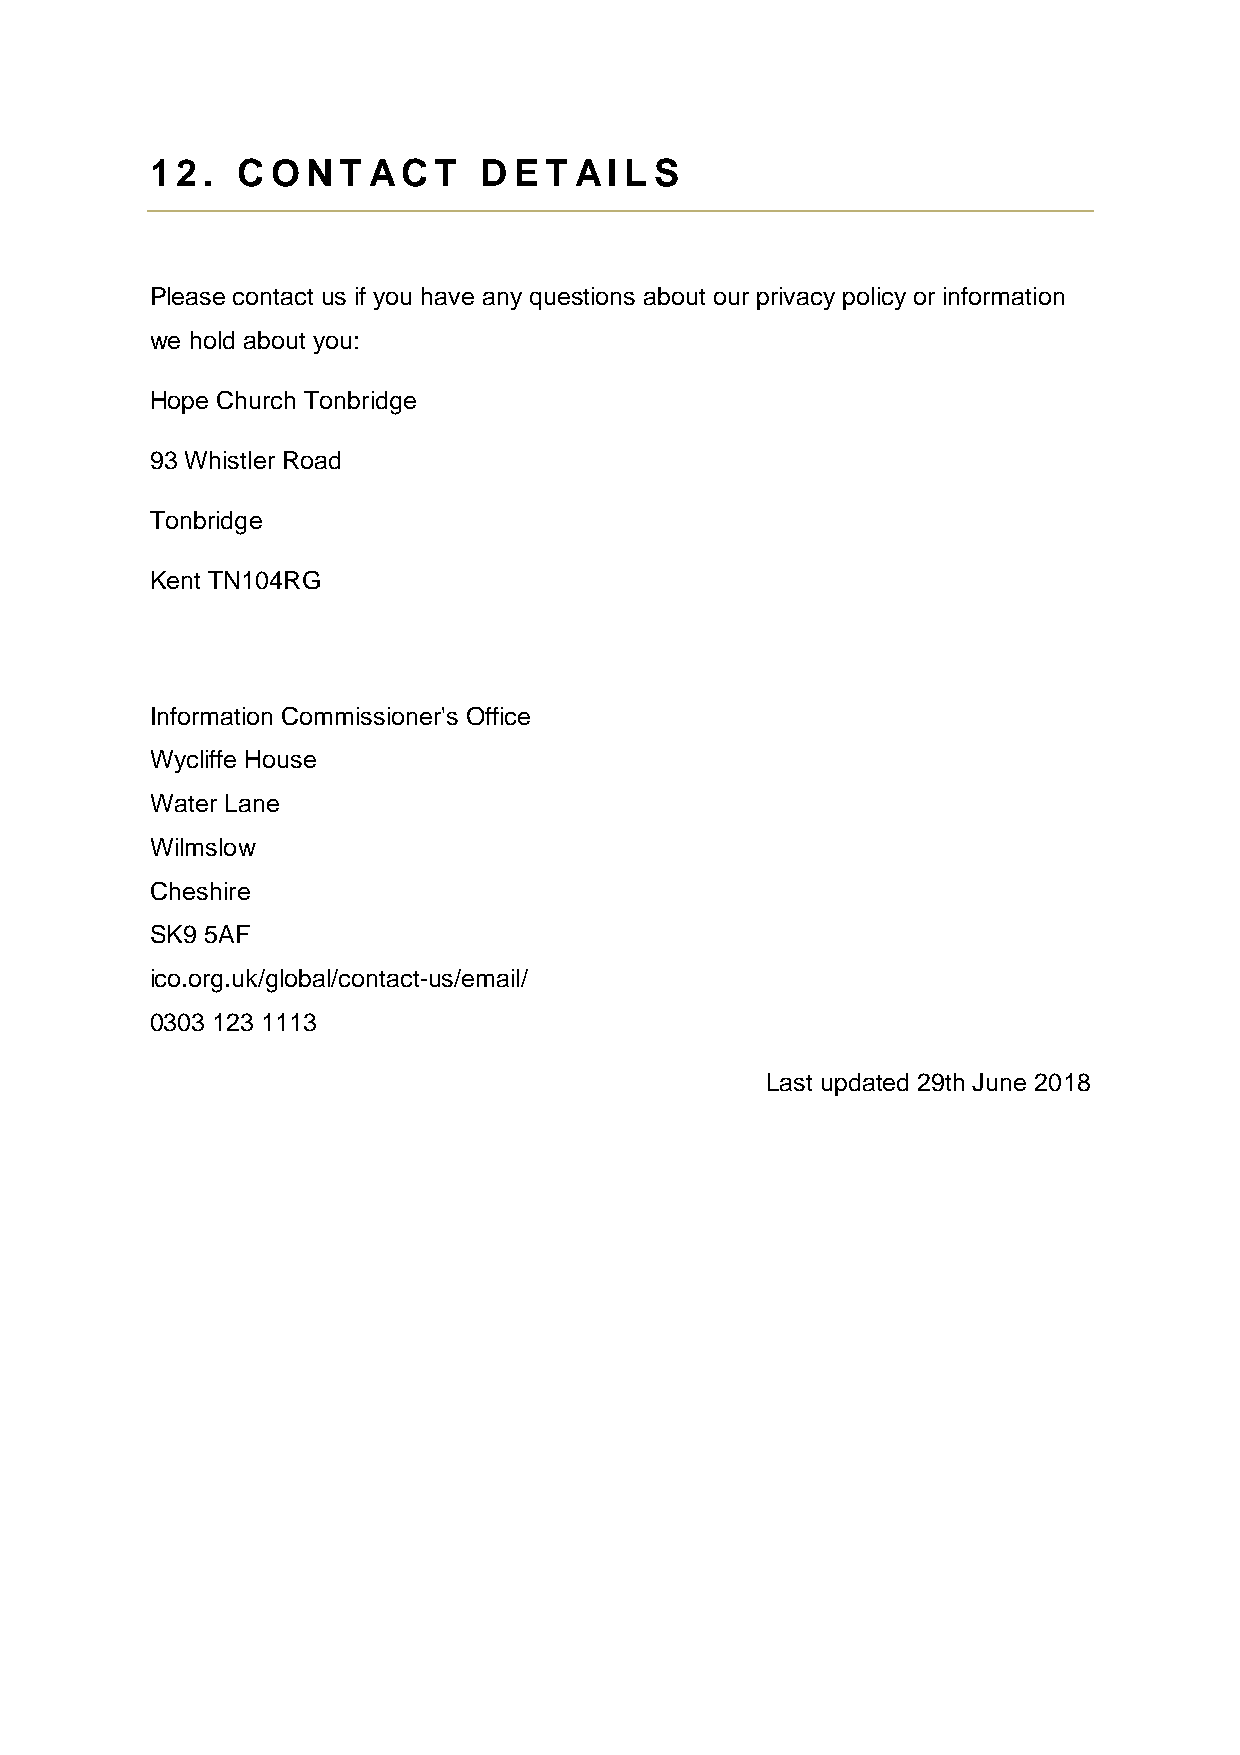
12.   CONT    ACT     DET   AIL  S
 Please contact us if you have any questions about our privacy policy or information
 we hold about you:
 Hope Church Tonbridge
 93 Whistler Road
 Tonbridge
 Kent TN104RG
 Information Commissioner's Office
 Wycliffe House
 Water Lane
 Wilmslow
 Cheshire
 SK9 5AF
 ico.org.uk/global/contact-us/email/
 0303 123 1113
 Last updated 29th June 2018